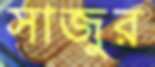
সাজুর